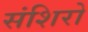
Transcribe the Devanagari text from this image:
संशिरो